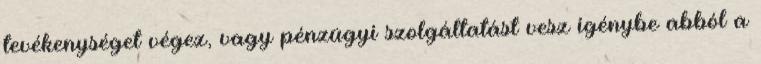
tevékenységet végez, vagy pénzügyi szolgáltatást vesz igénybe abból a